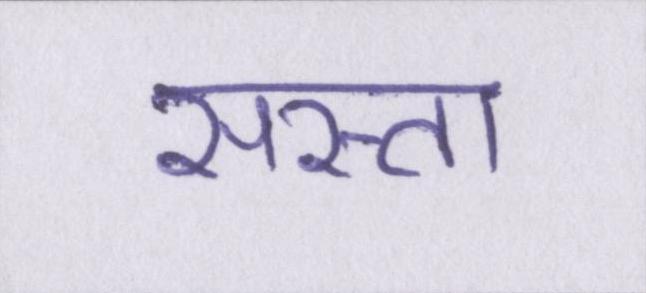
सस्ता